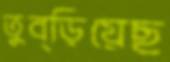
তুব্‌ড়িয়েছ